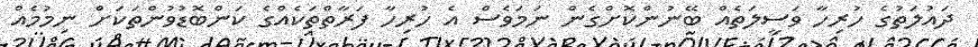
ދައުލަތުގެ ހުރިހާ ވަސީލަތެއް ބޭނުންކޮށްގެން ނަމަވެސް އެ ހުރިހާ ފަރާތްތަކެއްގެ ކަންބޮޑުވުންތަކަށް ނިމުމެއް